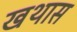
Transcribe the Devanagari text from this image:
खथास